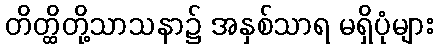
တိတ္ထိတို့သာသနာ၌ အနှစ်သာရ မရှိပုံများ